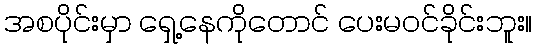
အစပိုင်းမှာ ရှေ့နေကိုတောင် ပေးမဝင်ခိုင်းဘူး။